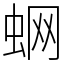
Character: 蛧